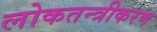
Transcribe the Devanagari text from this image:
लोकतन्‍त्रीकरण